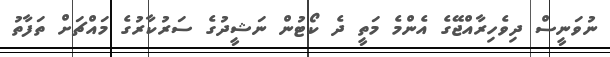
ނުވަނީސް ދިވެހިރާއްޖޭގެ އެންމެ މަތީ ދެ ކޯޓުން ނަޝީދުގެ ސަރުކާރުގެ މައްޗަށް ތަފާތު